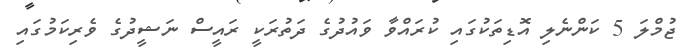
ޖުމްލަ 5 ކަންނެލި އޮޑިތަކުގައި ކުރައްވާ ވައުދުގެ ދަތުރަކީ ރައީސް ނަޝީދުގެ ވެރިކަމުގައި